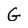
Character: G